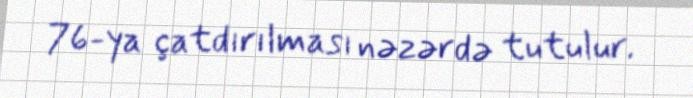
76-ya çatdırılması nəzərdə tutulur.